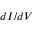
d I / d V